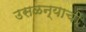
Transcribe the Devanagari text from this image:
उसळन्याची